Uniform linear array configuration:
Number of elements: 32
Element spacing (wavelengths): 0.75
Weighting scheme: cosine
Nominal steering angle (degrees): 30
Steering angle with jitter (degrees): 30.143
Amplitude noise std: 0.05
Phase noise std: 0.05

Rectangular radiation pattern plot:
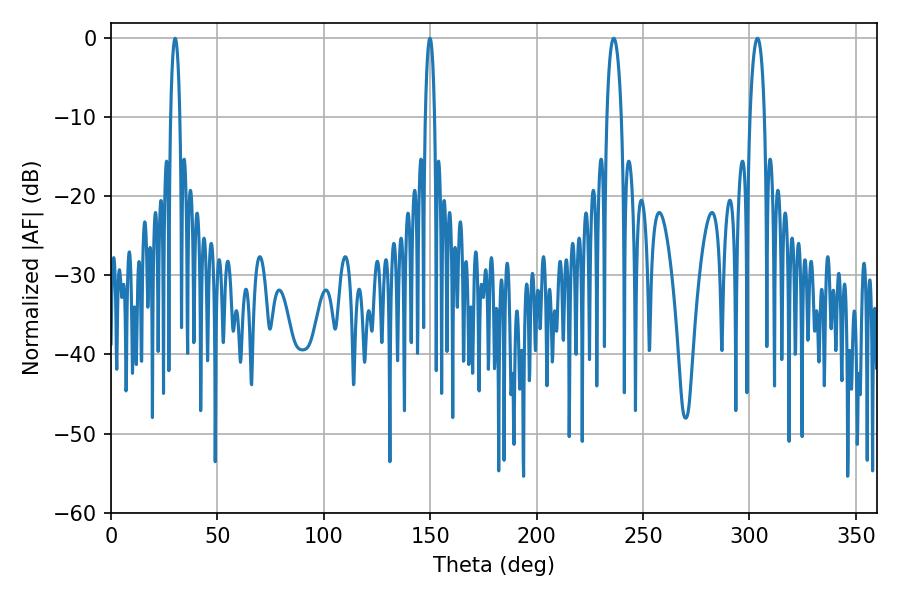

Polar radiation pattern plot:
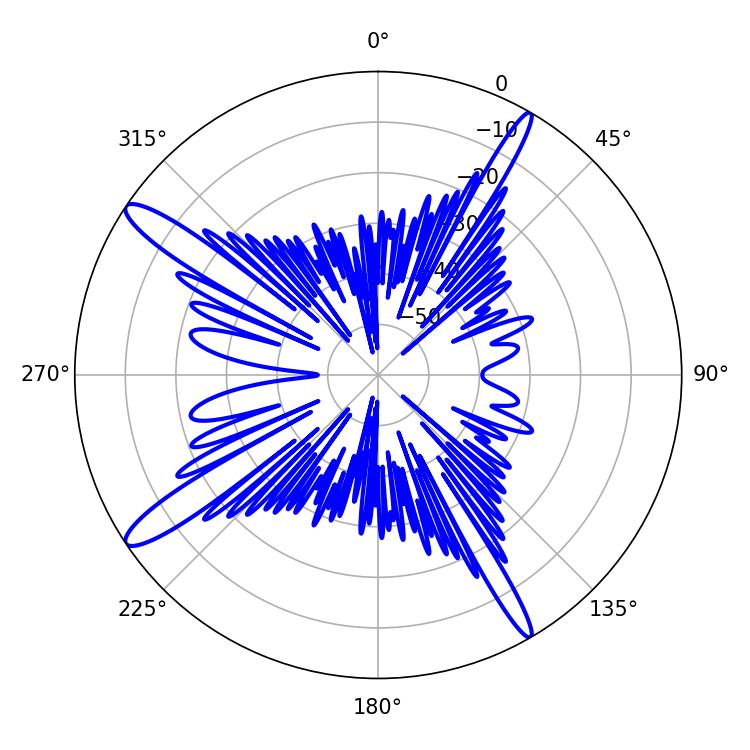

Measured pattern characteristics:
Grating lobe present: TRUE
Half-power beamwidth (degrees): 3.78
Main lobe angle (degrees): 236.16